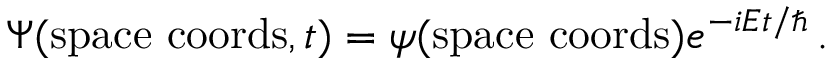
\Psi ( { \mathrm { s p a c e ~ c o o r d s } } , t ) = \psi ( { \mathrm { s p a c e ~ c o o r d s } } ) e ^ { - i { E t / \hbar } } \, .